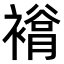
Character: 𧜲